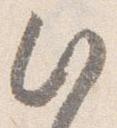
此